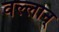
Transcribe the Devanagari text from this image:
वल्लान्